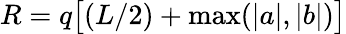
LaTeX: R=q\big[(L/2)+\operatorname*{max}(|a|,|b|)\big]